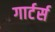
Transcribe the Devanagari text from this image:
गार्टर्स